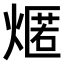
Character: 𤎐